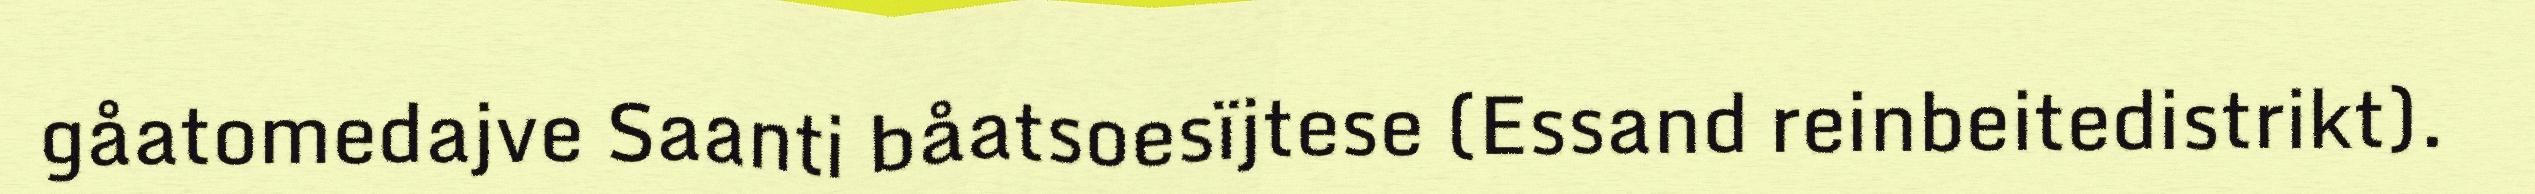
gåatomedajve Saanti båatsoesïjtese (Essand reinbeitedistrikt).